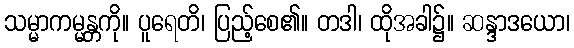
သမ္မာကမ္မန္တကို။ ပူရေတိ၊ ပြည့်စေ၏။ တဒါ၊ ထိုအခါ၌။ ဆန္ဒာဒယော၊